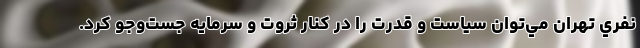
نفري تهران مي‌توان سياست و قدرت را در كنار ثروت و سرمايه جست‌وجو كرد.